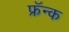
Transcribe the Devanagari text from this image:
फ्रॅन्क